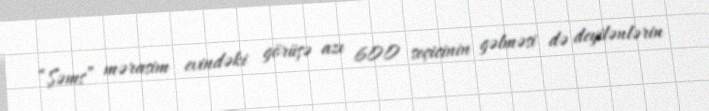
“Şəms” mərasim evindəki görüşə azı 600 seçicinin gəlməsi də deyilənlərin